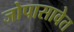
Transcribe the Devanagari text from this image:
जोपासावेत